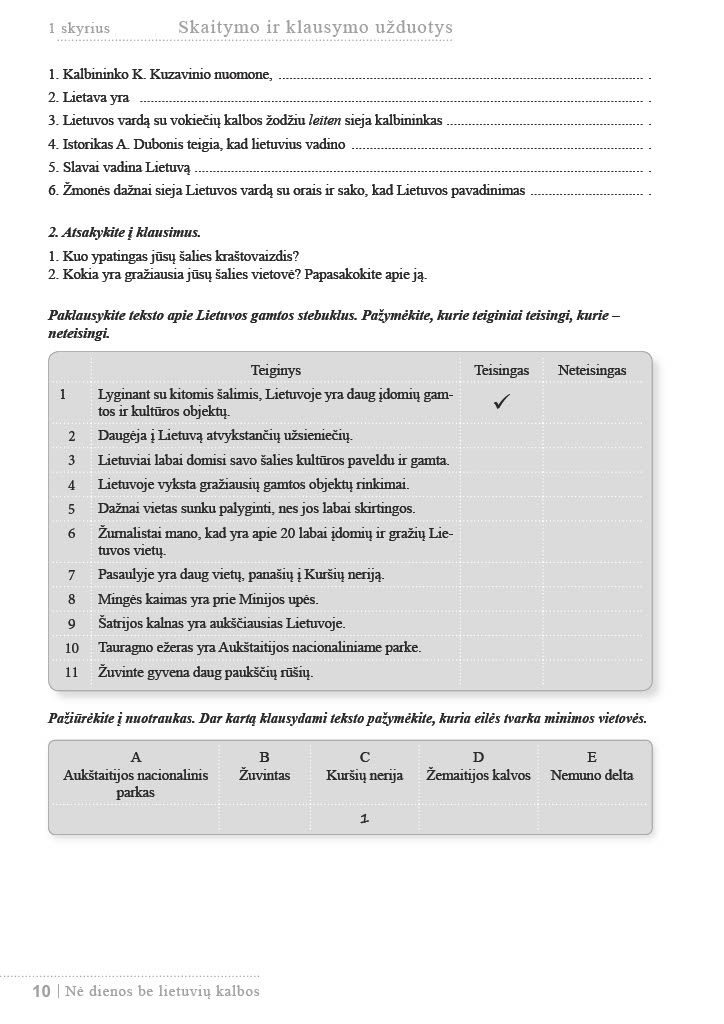
Language: lt